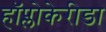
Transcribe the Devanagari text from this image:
हॉप्लोकेरीडा